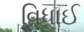
વિધાઈ